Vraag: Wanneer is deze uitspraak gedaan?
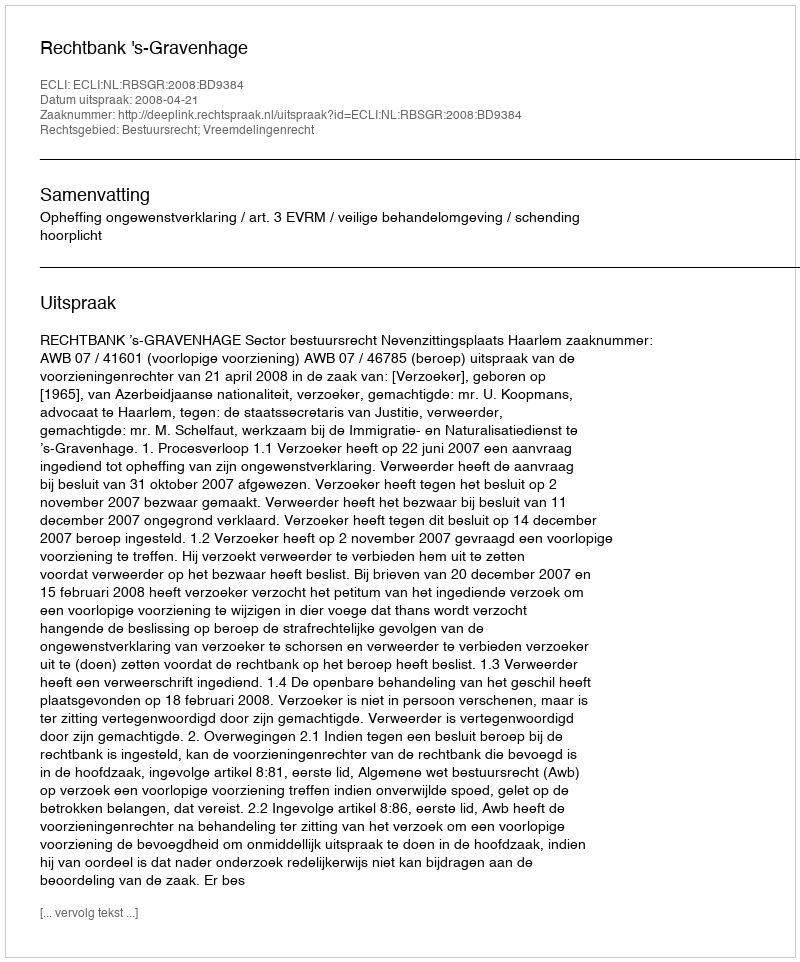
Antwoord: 2008-04-21